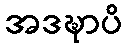
အဒဍ္ဎာပိ